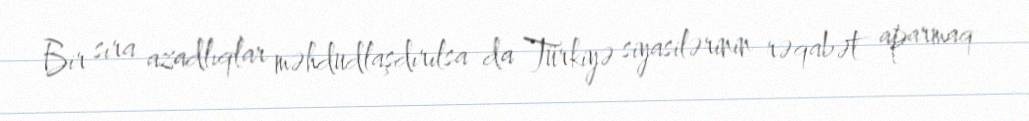
Bir sıra azadlıqlar məhdudlaşdırılsa da Türkiyə siyasilərinin rəqabət aparmaq